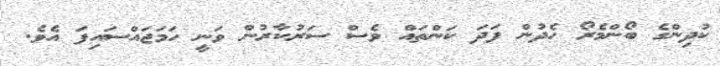
ކުދިންގެ ބޯންމެރޯ ހެދުން ފަދަ ކަންތައް ވެސް ސަރުކާރުން ވަނީ ހަމަޖައްސައިފަ އެވެ.